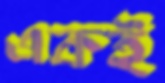
একই